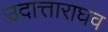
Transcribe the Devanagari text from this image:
उदात्ताराघव